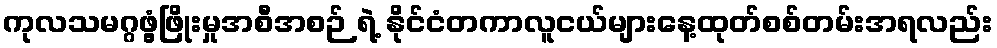
ကုလသမဂ္ဂဖွံ့ဖြိုးမှုအစီအစဉ် ရဲ့ နိုင်ငံတကာလူငယ်များနေ့ထုတ်စစ်တမ်းအရလည်း